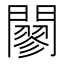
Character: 𨶪